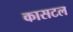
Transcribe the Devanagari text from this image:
कासटल